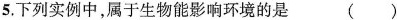
5.下列实例中，属于生物能影响环境的是( )